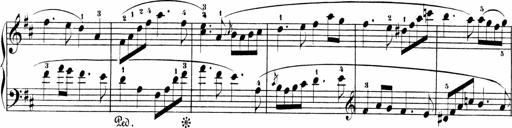
Title: Sonatinen Op.47, 98 und 136, nebst 6 Liedersonatinen
Composer: Carl Reinecke